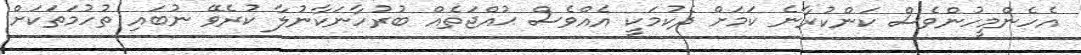
އެހެންމީހުންވެސް ކަންކުރާނެ ކަމަށް ދެކުމަކީ އެއްވެސް ޙުއްޖަތެއް ބުރުހާނަކާނުލާ ކުރެވޭ ނުބައި ތުހުމަތަކަށް